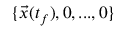
\{ \vec { x } ( t _ { f } ) , 0 , . . . , 0 \}